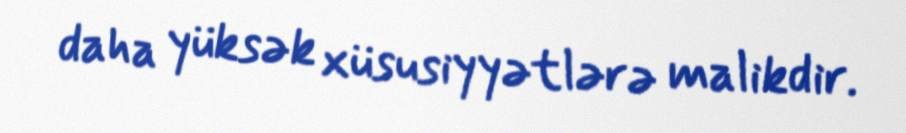
daha yüksək xüsusiyyətlərə malikdir.